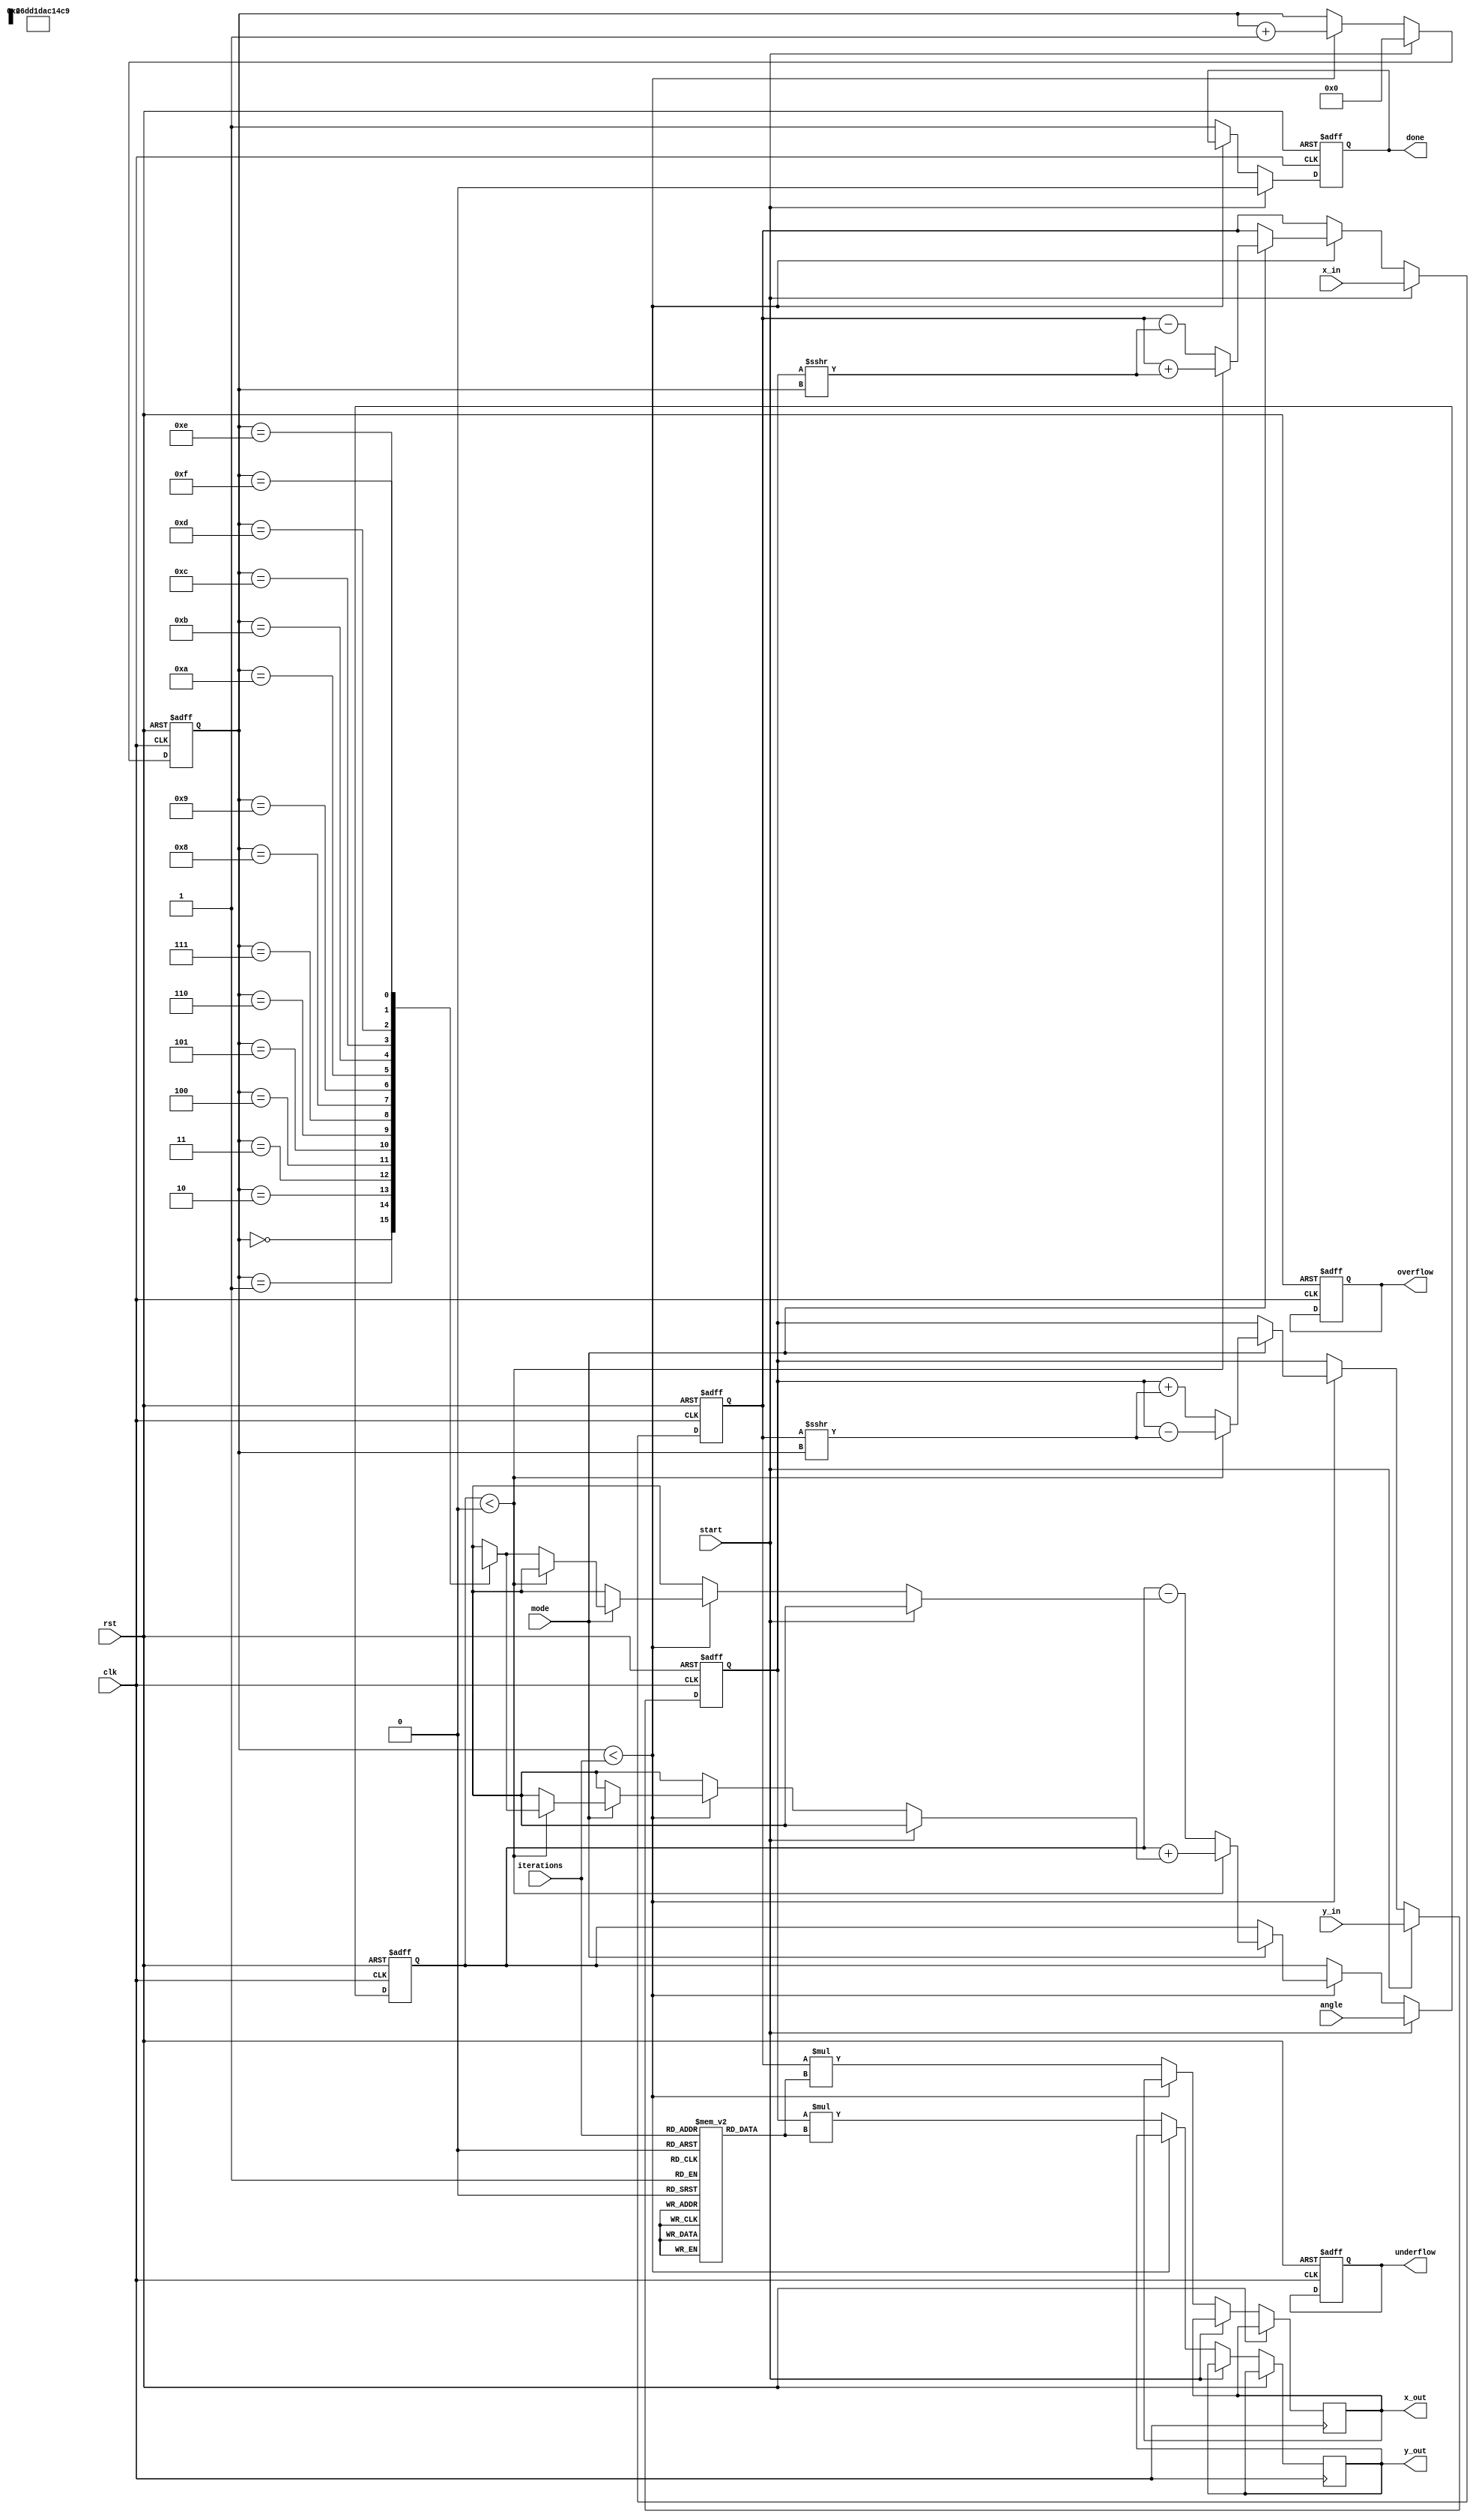
module unified_cordic (
    input wire clk,
    input wire rst,
    input wire start,
    input wire [15:0] x_in,        // Fixed-point input X
    input wire [15:0] y_in,        // Fixed-point input Y
    input wire [15:0] angle,       // Input angle for rotation
    input wire mode,               // 0: vectoring, 1: rotation
    input wire [3:0] iterations,   // Number of iterations
    output reg [15:0] x_out,       // Fixed-point output X
    output reg [15:0] y_out,       // Fixed-point output Y
    output reg done,               // Operation done flag
    output reg overflow,           // Overflow flag
    output reg underflow           // Underflow flag
);

    reg [15:0] x, y, z;            // Internal registers for X, Y, and Z (angle)
    reg [3:0] i;                   // Iteration counter
    reg [15:0] K[0:15];            // Scaling factors for iterations
    wire [15:0] angle_table[0:15]; // Lookup table for angles

    // Initialize scaling factors (K)
    initial begin
        K[0] = 16'h1; // K0 = 1
        K[1] = 16'hB; // K1 = 0.607 (approx)
        K[2] = 16'h48; // K2 = 0.732 (approx)
        K[3] = 16'h38; // K3 = 0.831 (approx)
        // Further scaling factors can be initialized as needed
    end

    // Initialize angle lookup table (atan(2^-i))
    initial begin
        angle_table[0] = 16'h0000; // atan(1)
        angle_table[1] = 16'h26DD; // atan(1/2)
        angle_table[2] = 16'h1DAC; // atan(1/4)
        angle_table[3] = 16'h14C9; // atan(1/8)
        // Further angles can be initialized as needed
    end

    // Control Logic
    always @(posedge clk or posedge rst) begin
        if (rst) begin
            x <= 16'h0;
            y <= 16'h0;
            z <= 16'h0;
            i <= 4'h0;
            done <= 1'b0;
            overflow <= 1'b0;
            underflow <= 1'b0;
        end else if (start) begin
            x <= x_in;
            y <= y_in;
            z <= angle;
            i <= 4'b0;
            done <= 1'b0;
        end else if (i < iterations) begin
            // CORDIC Iteration
            if (mode) begin // Rotation mode
                if (z < 0) begin
                    // Rotate clockwise
                    x <= x + (y >>> i);
                    y <= y - (x >>> i);
                    z <= z + angle_table[i];
                end else begin
                    // Rotate counter-clockwise
                    x <= x - (y >>> i);
                    y <= y + (x >>> i);
                    z <= z - angle_table[i];
                end
            end else begin // Vectoring mode
                // Similar implementation for vectoring mode (arctangent calculation)
                // Not included in example for brevity
            end
            i <= i + 1;
        end else begin
            // Output result and scaling adjustment
            x_out <= x * K[iterations];
            y_out <= y * K[iterations];
            done <= 1'b1;
            // Set overflow/underflow flags based on your conditions
        end
    end
endmodule